Taavet_Bergmanni_abiraha_sihtasutus, lk 18
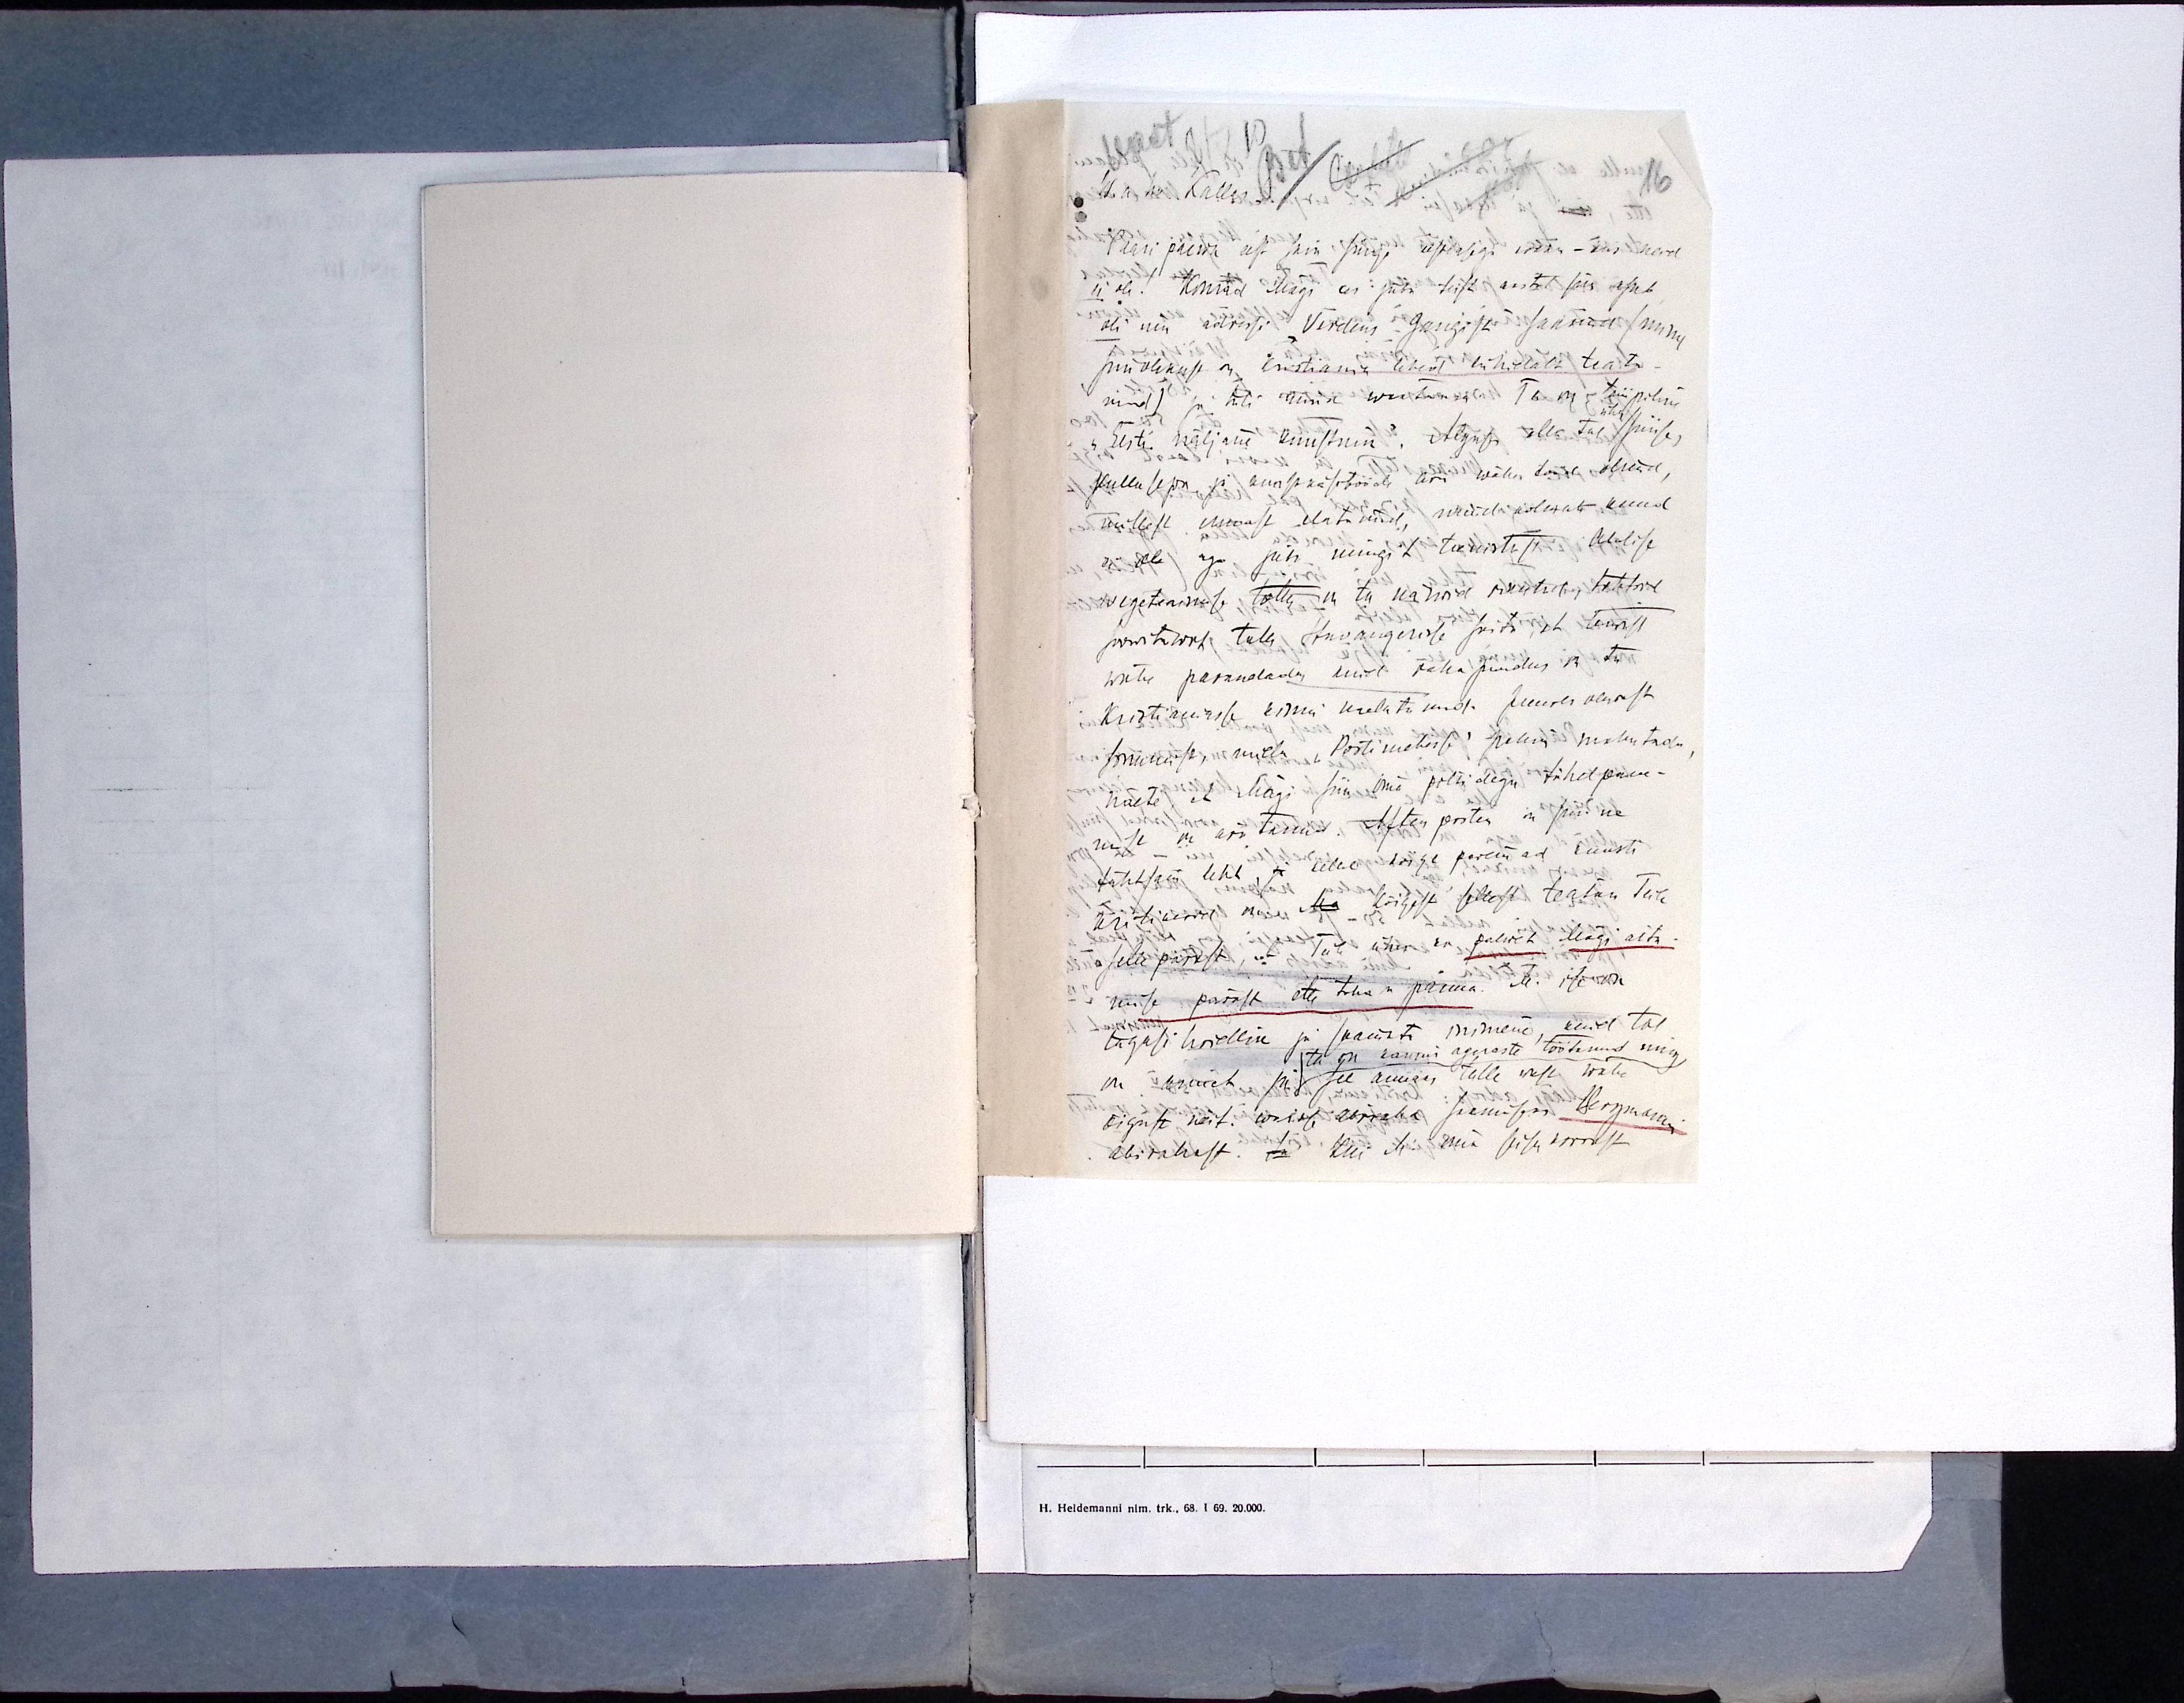
W.a. hr. Kallas
16
Paari päewa eest sain siingi eestlastega kokku - kus neid
ei ole! Konrad Mägi kes juba teist aastat siin asub
oli mu adressi " Verdens Gangist" saanud (minu
siinolekust on Kristiania lehed lühidalt teata-
nud) ja tuli mind waatama. Ta on tüüpiline
"Eesti näljane kunstnik". Alguses olla tal ühes/ siinse
kullasepa ja kunstkäsitööde äri wähe tööd olnud,
millest ennast elatanud, kuid kolmat kuud
ei ole aga juba mingit teenistust. Alalise
wegeterimise tõttu on ta närwid rikutud, tohtrid
soowitawat tulla Stnoaugerisse sõita, et terwist
wähe parandada kuid raha puudus on ta
Kristianasse kinni naelutanud. Juures olewast
sonumist, mida "Postimehesse" palun mahutada
näete, et Mägi siin oma piltidega tähel pane-
mise on ära tenind. Aften posten on siin ka,
tähtsam leht, ja selle kõige paremad kunsti
kriitikerid oma Ma kõigest sellest teatan Teile
selle pärast, et Teile ühes on palwet Mägi aita-
mise pärast ette tahan panna. M. ise on
tagasi hoidlik ja saamatu inimene, kuid tal
ta on kaunis agaraste töötanud ning
on amet. Ja see annaks talle wast wähe
õigust näit. waikse abiraha saamiseks Bergmanni
abirahast. Ja kui M. oma seisu korrast